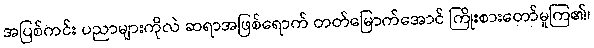
အပြစ်ကင်း ပညာများကိုလဲ ဆရာအဖြစ်ရောက် တတ်မြောက်အောင် ကြိုးစားတော်မူကြ၏၊